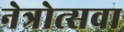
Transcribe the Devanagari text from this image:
नेत्रोत्सवा